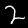
Digit: 2